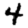
Digit: 4